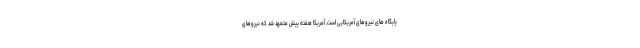
پایگاه های نیروهای آمریکایی است. آمریکا هفته پیش متعهد شد که نیروهای